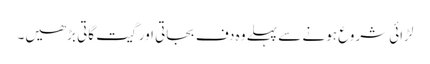
لڑائی شروع ہونے سے پہلے وہ دف بجاتی اور گیت گاتی بڑھیں۔